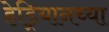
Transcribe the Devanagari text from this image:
हेड्रियानच्या